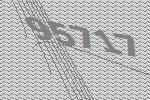
95717